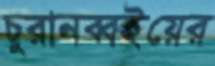
চুরানব্বইয়ের